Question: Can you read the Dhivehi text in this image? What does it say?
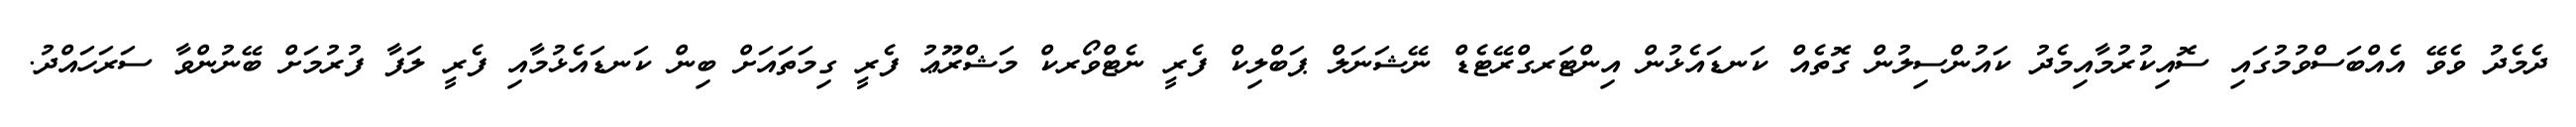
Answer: ދެމެދު ވެވޭ އެއްބަސްވުމުގައި ސޮއިކުރުމާއިމެދު ކައުންސިލުން ގޮތެއް ކަނޑައެޅުން އިންޓަރގްރޭޓެޑް ނޭޝަނަލް ޕަބްލިކް ފެރީ ނެޓްވޯރކް މަޝްރޫޢު ފެރީ ގިމަތައަށް ބިން ކަނޑައެޅުމާއި ފެރީ ލަފާ ފުރުމަށް ބޭނުންވާ ސަރަހައްދު.